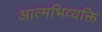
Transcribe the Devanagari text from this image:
आत्मभिव्यक्ति